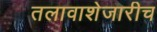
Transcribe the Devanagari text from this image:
तलावाशेजारीच